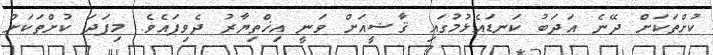
ކުށްތަކަށް ދޭނެ އަދަބު ކަނޑައެޅުމުގައި ޤާޟީއަށް ވަނީ އިޚްތިޔާރު ދެވިފައެވެ. މިފަދަ ކުށްތަކަށް